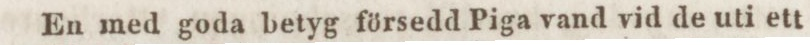
En med goda betyg försedd Piga vand vid de uti ett